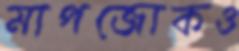
মাপজোকও